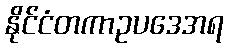
နိုင်ငံတကာဥပဒေအရ